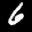
Label: 6